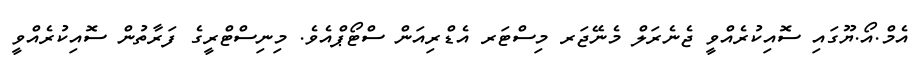
އެމް.އޯ.ޔޫގައި ސޮއިކުރެއްވީ ޖެނެރަލް މެނޭޖަރ މިސްޓަރ އެޑްރިއަން ސްޓޯޕްއެވެ. މިނިސްޓްރީގެ ފަރާތުން ސޮއިކުރެއްވީ